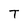
Character: T